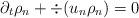
LaTeX: \begin{align*}\partial_t \rho_n + \div ( u_n \rho_n) = 0\end{align*}